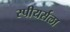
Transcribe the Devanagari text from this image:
स्पीयर्सला